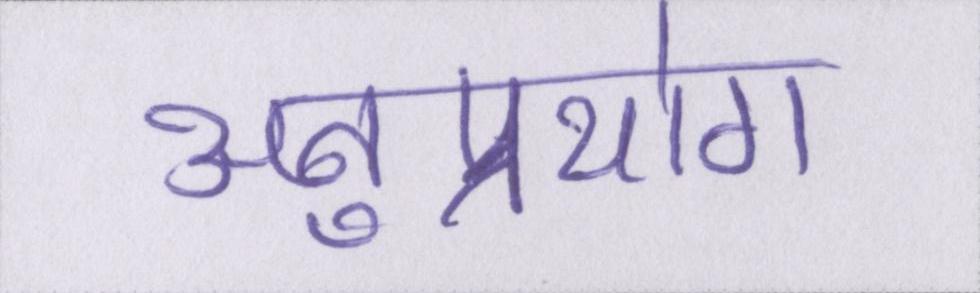
अनुप्रयोग